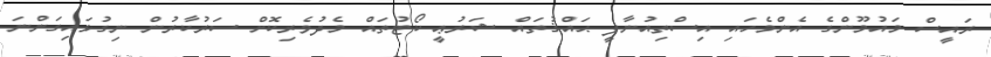
ރައީސް މައުމޫންގެ އެންމެހައި އިސްތިއުނާފީ ޙައްޤުތައް ޝަރުޢީ ކޯޓުތައް މެދުވެރިކޮށް ސަރުކާރުން ނިގުޅައިގަންނަ